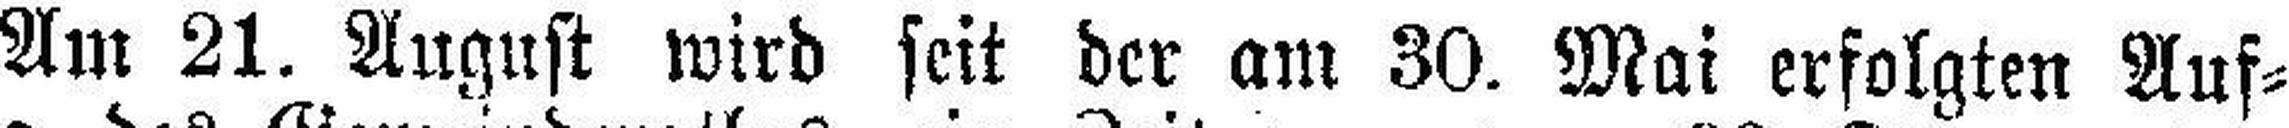
Am 21. August wird seit der am 30. Mai erfolgten Auf¬